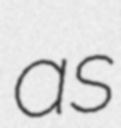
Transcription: as